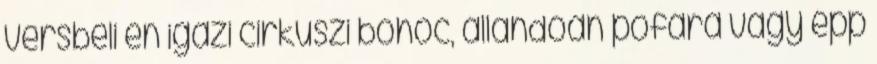
versbeli én igazi cirkuszi bohóc, állandóan pofára vagy épp